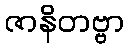
ဇာနိတဗ္ဗာ